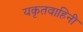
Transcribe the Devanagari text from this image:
यकृतवाहिनी